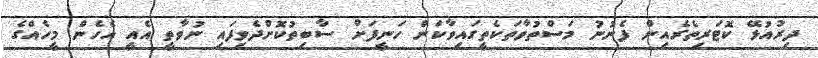
ދިރުއުޅޭ ކޮޓަރިތެރެއިން ފެނުނު މަސްތުވާތަކެތީގައިވާކަން ހަނީފަށް ސާބިތުކޮށްދެވިފައި ނުވާތީ އެއީ އެހެން މީހެއްގެ